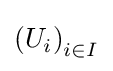
\left(U_{i}\right)_{i\in I}